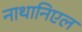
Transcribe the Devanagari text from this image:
नाथानिएल